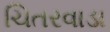
ચિતરવાડા